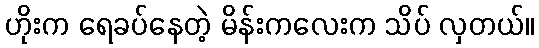
ဟိုးက ရေခပ်နေတဲ့ မိန်းကလေးက သိပ် လှတယ်။